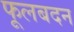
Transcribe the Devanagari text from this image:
फूलबदन